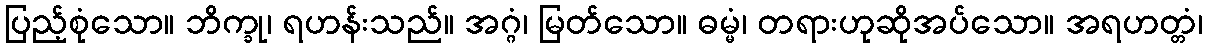
ပြည့်စုံသော။ ဘိက္ခု၊ ရဟန်းသည်။ အဂ္ဂံ၊ မြတ်သော။ ဓမ္မံ၊ တရားဟုဆိုအပ်သော။ အရဟတ္တံ၊